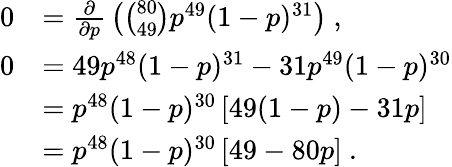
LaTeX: {\begin{array}{rl}{0}&{={\frac{\partial}{\partial p}}\left({\binom{80}{49}}p^{49}(1-p)^{31}\right)~,}\\ {0}&{=49p^{48}(1-p)^{31}-31p^{49}(1-p)^{30}}\\ &{=p^{48}(1-p)^{30}\left[49(1-p)-31p\right]}\\ &{=p^{48}(1-p)^{30}\left[49-80p\right]~.}\end{array}}